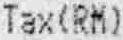
TAX(RM)